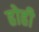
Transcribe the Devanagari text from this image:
होही